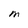
Character: M